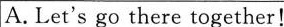
A.Let's go there together!